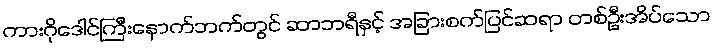
ကားဂိုဒေါင်ကြီးနောက်ဘက်တွင် ဆာဘရီနှင့် အခြားစက်ပြင်ဆရာ တစ်ဦးအိပ်သော